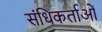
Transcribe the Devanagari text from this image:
संधिकर्ताओं